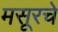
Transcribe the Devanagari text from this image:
मसूरचे